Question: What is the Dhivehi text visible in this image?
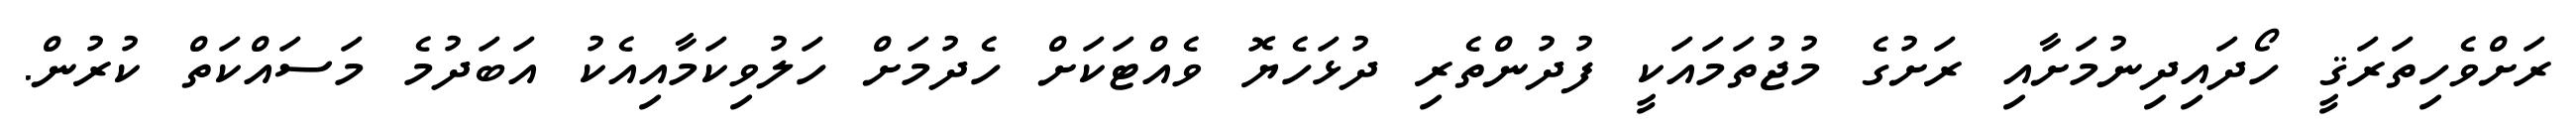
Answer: ރަށްވެހިތަރަޤީ ހޯދައިދިނުމަށާއި ރަށުގެ މުޖުތަމައަކީ ފުދުންތެރި ދުޅަހެޔޮ ވެއްޓަކަށް ހެދުމަށް ހަލުވިކަމާއިއެކު އަބަދުމެ މަސައްކަތް ކުރުން.